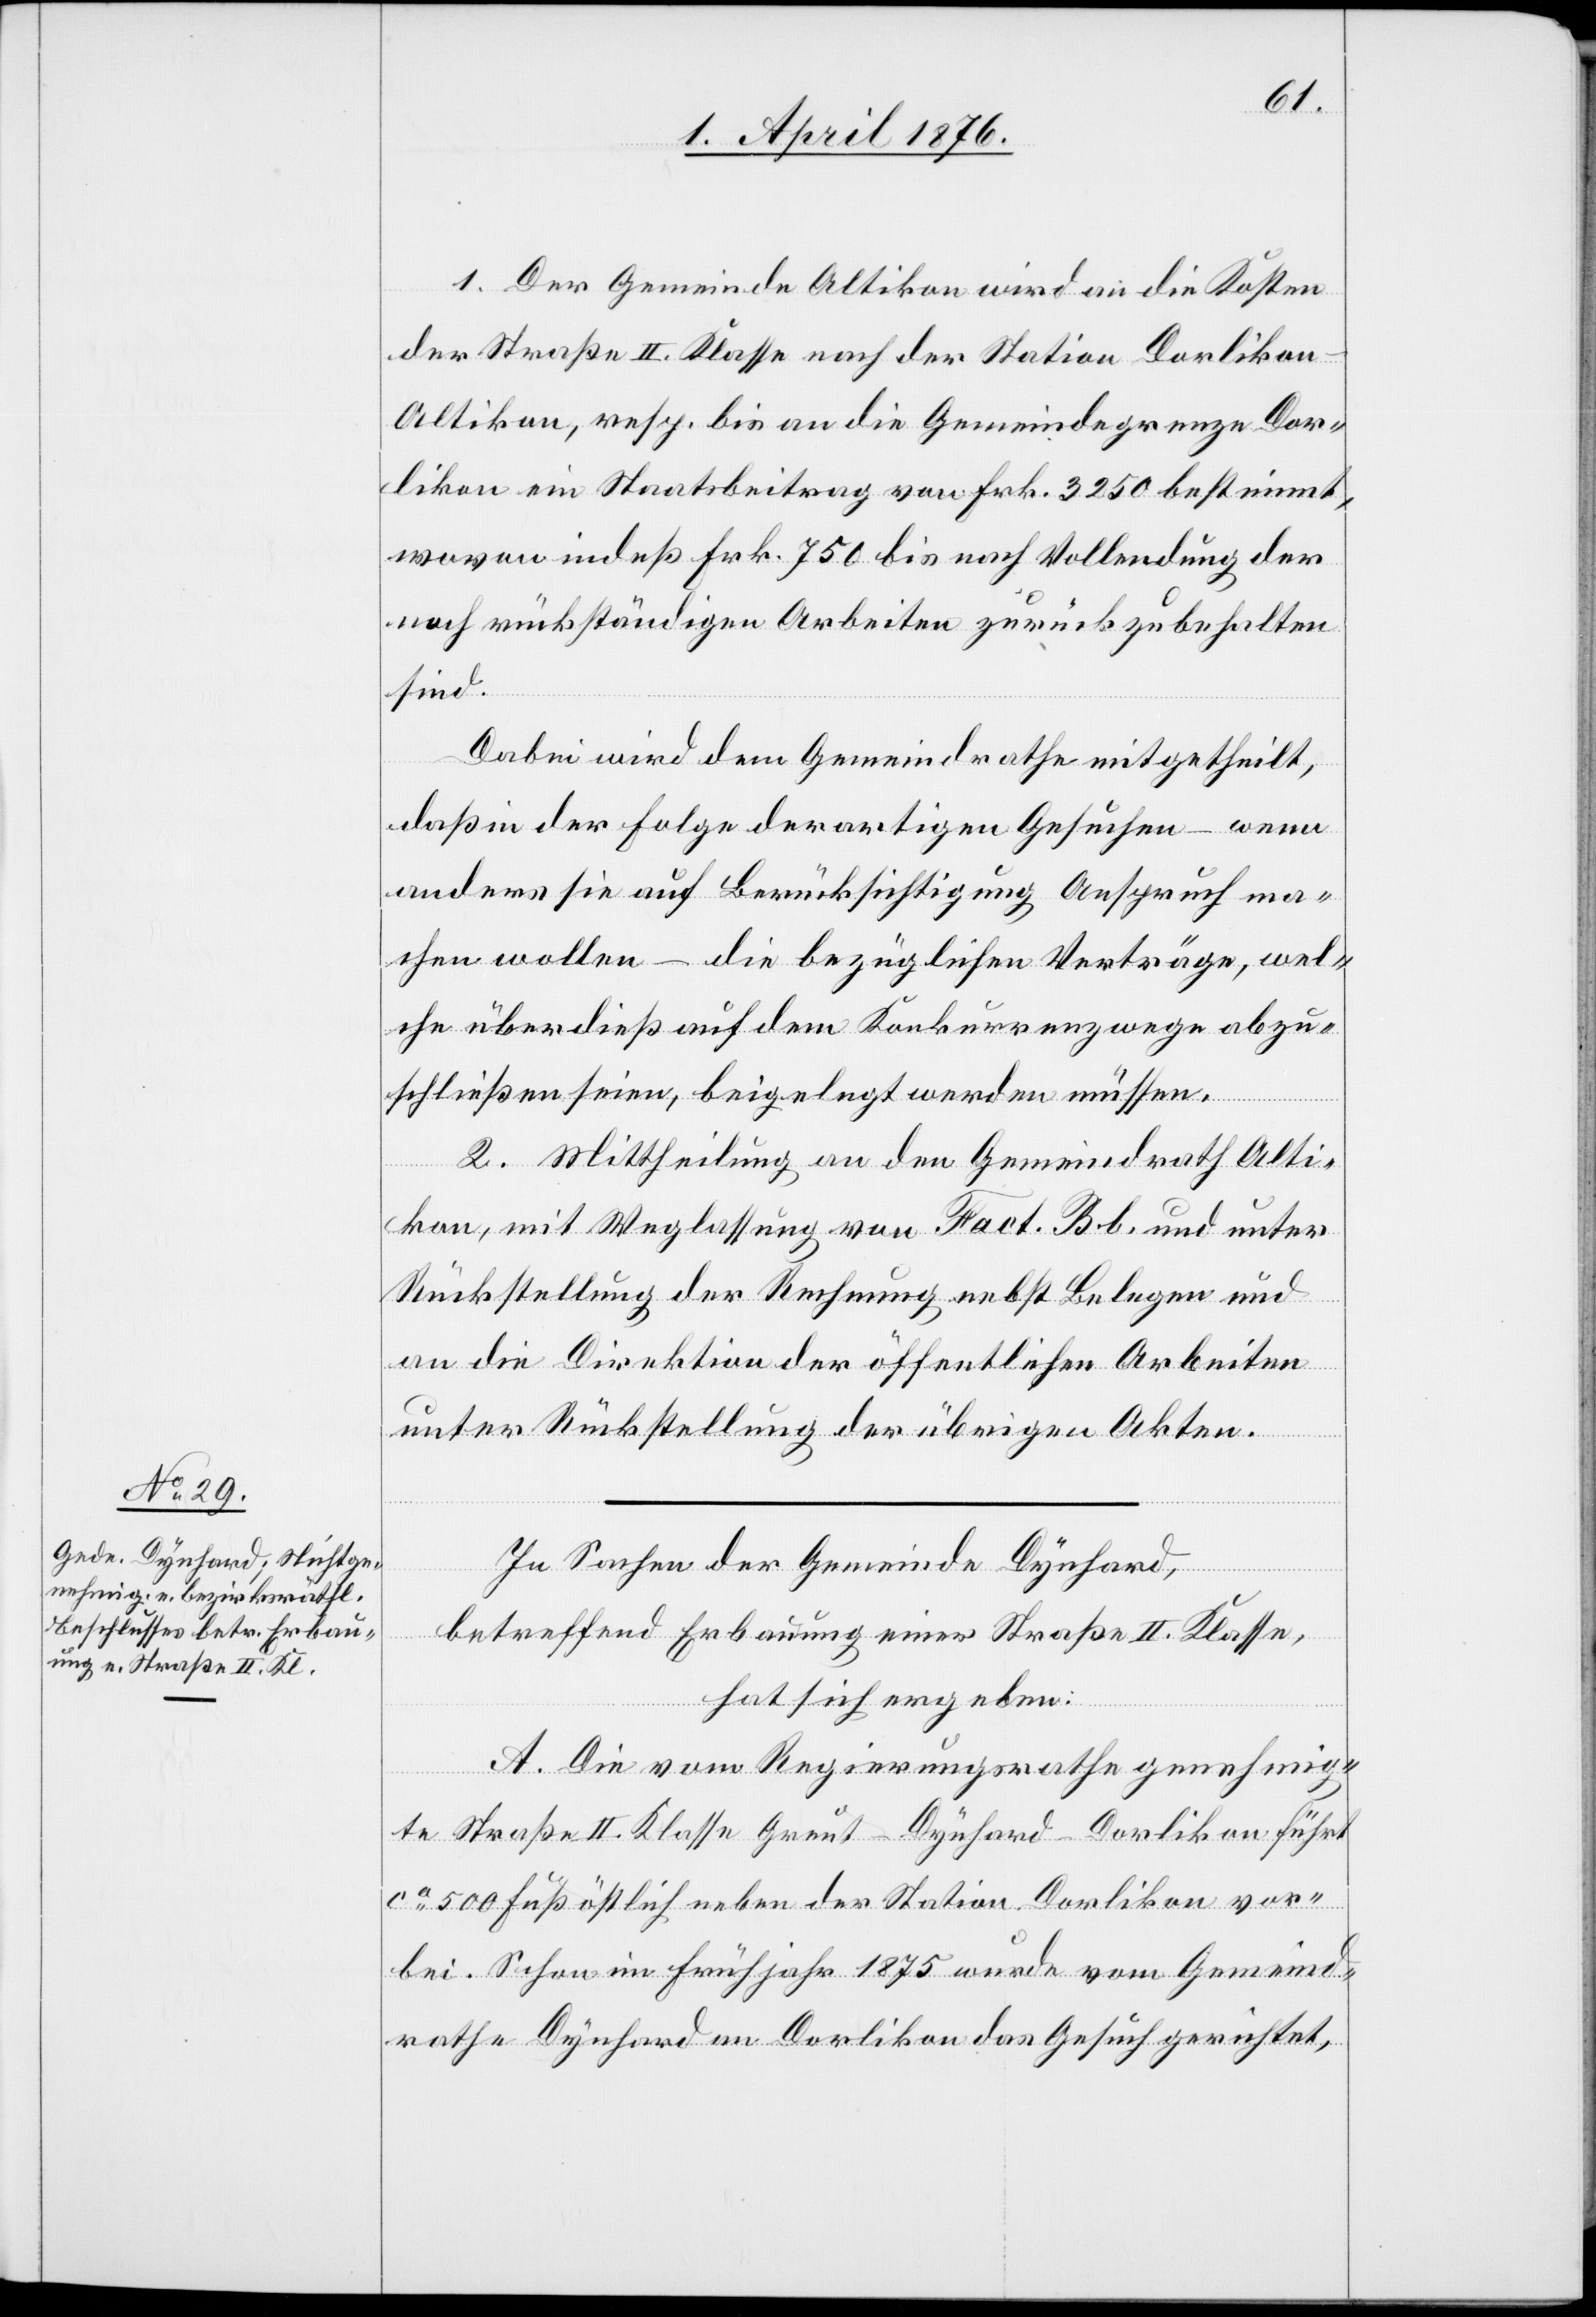
In Sachen der Gemeinde Dynhard,
betreffend Erbauung einer Straße II. Klasse,
hat sich ergeben:
A. Die vom Regierungsrathe genehmig¬
te Straße II. Klasse Greut–Dynhard–Dorlikon führt
ca 500 Fuß östlich neben der Station Dorlikon vor¬
bei. Schon im Frühjahr 1875 wurde vom Gemeind¬
rath Dynhard an Dorlikon das Gesuch gerichtet,